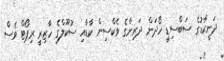
ދަނީކާޑުގެ ސަބްސިޑީ ހޯދަން ދަރިންގެ ވެކްސިން ކާޑާއި ސުކޫލްގެ ހާޒިރީ ރިޕޯޓް ވެސް